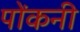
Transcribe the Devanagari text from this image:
पोंकनी